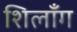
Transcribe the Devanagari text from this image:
शिलॉँग